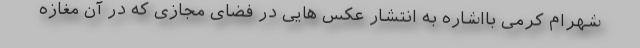
شهرام کرمی بااشاره به انتشار عکس هایی در فضای مجازی که در آن مغازه